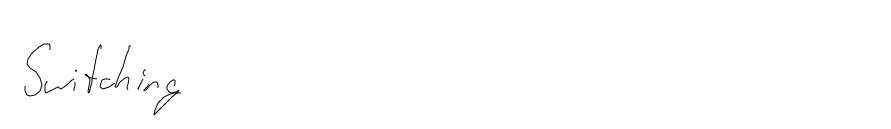
Switching